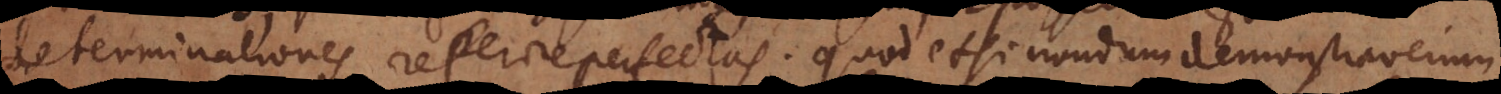
determinationes reperire perfectas. Quod etsi nondum demonstraverim